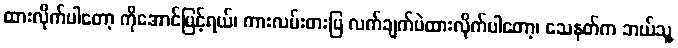
ထားလိုက်ပါတော့ ကိုအောင်မြင့်ရယ်၊ ကားလမ်းဓားပြ လက်ချက်ပဲထားလိုက်ပါတော့၊ သေနတ်က ဘယ်သူ့